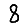
Digit: 8